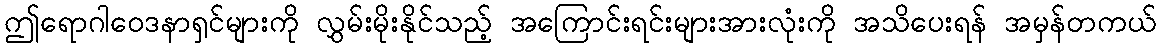
ဤရောဂါဝေဒနာရှင်များကို လွှမ်းမိုးနိုင်သည့် အကြောင်းရင်းများအားလုံးကို အသိပေးရန် အမှန်တကယ်